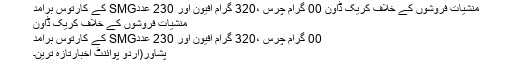
منشیات فروشوں کے خلاف کریک ڈاون 00 گرام چرس ،320 گرام افیون اور 230 عددSMG کے کارتوس برآمد
منشیات فروشوں کے خلاف کریک ڈاون
00 گرام چرس ،320 گرام افیون اور 230 عددSMG کے کارتوس برآمد
پشاور(اُردو پوائنٹ اخبارتازہ ترین۔